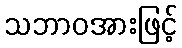
သဘာဝအားဖြင့်